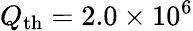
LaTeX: Q_{\mathrm{th}}=2.0\times 10^{6}